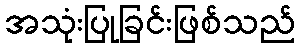
အသုံးပြုခြင်းဖြစ်သည်